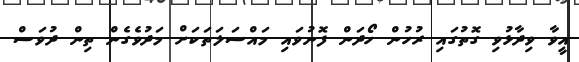
އީވާ ވިދާޅުވި ގޮތުގައި ރުހުން ހޯދަން ފޮނުވައި މައްސަލަތަކަށް މަދުވެގެން ތިން ދުވަސް